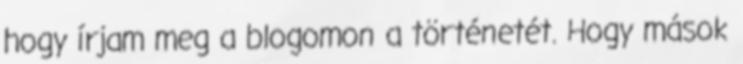
hogy írjam meg a blogomon a történetét. Hogy mások